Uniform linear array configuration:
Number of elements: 24
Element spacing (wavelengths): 0.5
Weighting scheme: uniform
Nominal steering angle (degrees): -45
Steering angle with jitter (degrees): -45.567
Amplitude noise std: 0.05
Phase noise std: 0.05

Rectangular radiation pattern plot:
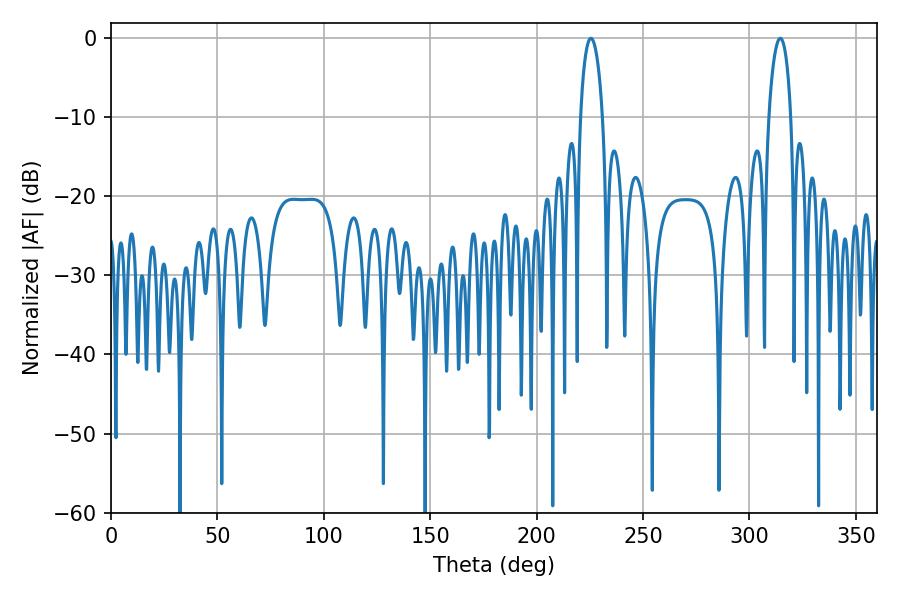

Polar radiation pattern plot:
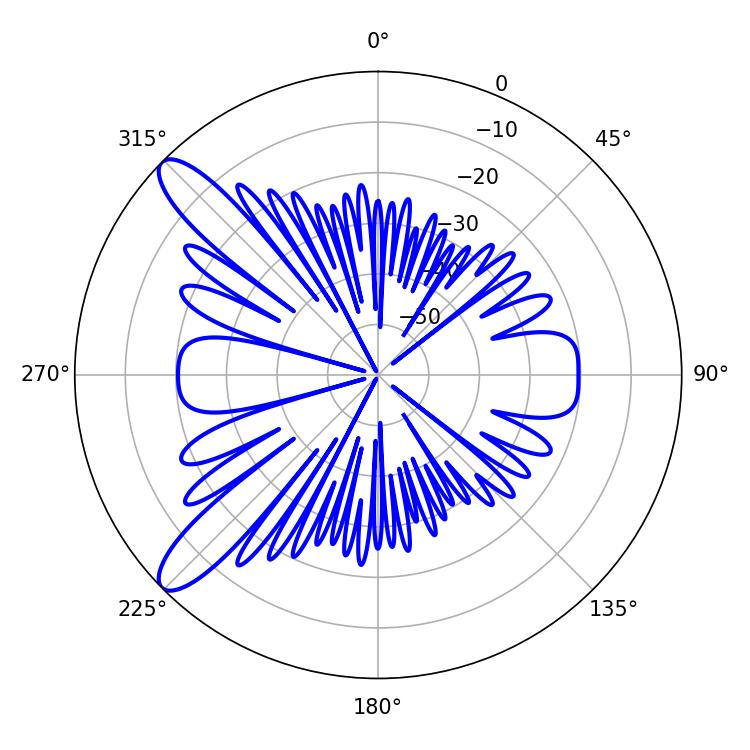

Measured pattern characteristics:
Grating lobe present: FALSE
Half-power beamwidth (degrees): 5.94
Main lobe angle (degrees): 225.54